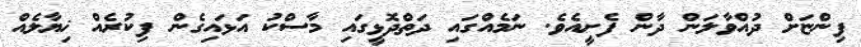
ފިންޏަށް ދުއްވާލަން ދާން ފެށީއެވެ. ނަމެއްގައި ދަތްދޮޅީގައި މާސްކު އަޅައިގެން ފިކުރެއް ޚިޔާލެއް